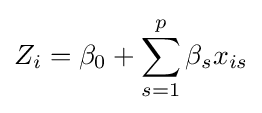
Z_{i}=\beta _{0}+\sum _{s=1}^{p}\beta _{s}x_{is}